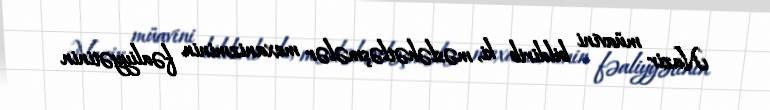
Nazir müavini bildirib ki, məsləhətləşmələr mexanizminin fəaliyyətinin